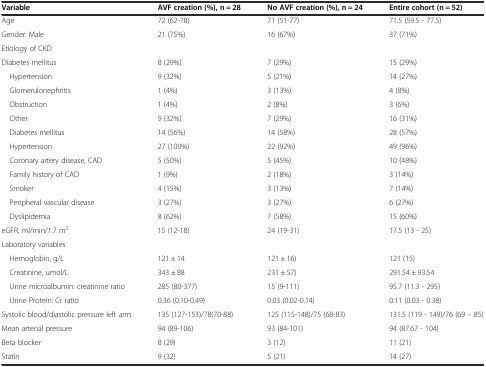
<table><thead><tr><td><b>Variable</b></td><td><b>AVF creation (%), n = 28</b></td><td><b>No AVF creation (%), n = 24</b></td><td><b>Entire cohort (n = 52)</b></td></tr></thead><tbody><tr><td>Age</td><td>72 (62-78)</td><td>71 (51-77)</td><td>71.5 (59.5 - 77.5)</td></tr><tr><td>Gender: Male</td><td>21 (75%)</td><td>16 (67%)</td><td>37 (71%)</td></tr><tr><td colspan="4">Etiology of CKD</td></tr><tr><td>Diabetes mellitus</td><td>8 (29%)</td><td>7 (29%)</td><td>15 (29%)</td></tr><tr><td> Hypertension</td><td>9 (32%)</td><td>5 (21%)</td><td>14 (27%)</td></tr><tr><td> Glomerulonephritis</td><td>1 (4%)</td><td>3 (13%)</td><td>4 (8%)</td></tr><tr><td> Obstruction</td><td>1 (4%)</td><td>2 (8%)</td><td>3 (6%)</td></tr><tr><td> Other</td><td>9 (32%)</td><td>7 (29%)</td><td>16 (31%)</td></tr><tr><td> Diabetes mellitus</td><td>14 (56%)</td><td>14 (58%)</td><td>28 (57%)</td></tr><tr><td> Hypertension</td><td>27 (100%)</td><td>22 (92%)</td><td>49 (96%)</td></tr><tr><td> Coronary artery disease, CAD</td><td>5 (50%)</td><td>5 (45%)</td><td>10 (48%)</td></tr><tr><td> Family history of CAD</td><td>1 (9%)</td><td>2 (18%)</td><td>3 (14%)</td></tr><tr><td> Smoker</td><td>4 (15%)</td><td>3 (13%)</td><td>7 (14%)</td></tr><tr><td> Peripheral vascular disease</td><td>3 (27%)</td><td>3 (27%)</td><td>6 (27%)</td></tr><tr><td> Dyslipidemia</td><td>8 (62%)</td><td>7 (58%)</td><td>15 (60%)</td></tr><tr><td>eGFR, ml/min/1.7 m<sup>2</sup></td><td>15 (12-18)</td><td>24 (19-31)</td><td>17.5 (13 - 25)</td></tr><tr><td colspan="4">Laboratory variables</td></tr><tr><td> Hemoglobin, g/L</td><td>121 ± 14</td><td>121 ± 16)</td><td>121 (15)</td></tr><tr><td> Creatinine, umol/L</td><td>343 ± 88</td><td>231 ± 57)</td><td>291.54 ± 93.54</td></tr><tr><td> Urine microalbumin: creatinine ratio</td><td>285 (80-377)</td><td>15 (9-111)</td><td>95.7 (11.3 - 295)</td></tr><tr><td> Urine Protein: Cr ratio</td><td>0.36 (0.10-0.49)</td><td>0.03 (0.02-0.14)</td><td>0.11 (0.03 - 0.38)</td></tr><tr><td>Systolic blood/diastolic pressure left arm</td><td>135 (127-153)/78(70-88)</td><td>125 (115-148)/75 (68-83)</td><td>131.5 (119 - 149)/76 (69 – 85)</td></tr><tr><td>Mean arterial pressure</td><td>94 (89-106)</td><td>93 (84-101)</td><td>94 (87.67 - 104)</td></tr><tr><td>Beta blocker</td><td>8 (29)</td><td>3 (12)</td><td>11 (21)</td></tr><tr><td>Statin</td><td>9 (32)</td><td>5 (21)</td><td>14 (27)</td></tr></tbody></table>